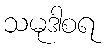
သမုဒါစရ